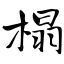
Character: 榻